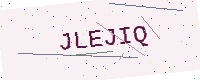
Text: JLEJIQ